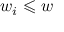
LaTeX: w _ { i } \leqslant w